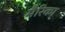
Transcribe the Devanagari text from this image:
मैरिका